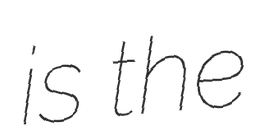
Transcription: is the